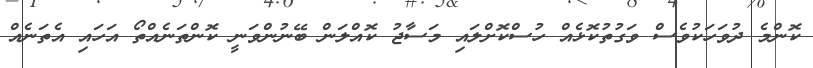
ކޮންމެ ދުވަހަކުވެސް ވަގުތުކޮޅެއް ހުސްކޮށްލައި މަސާޖު ކޮއްލަން ބޭނުންވަނީ ކޮންތަނެއްތޯ އަހައި އެތަނެއް